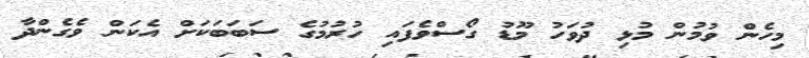
މިހެން ވުމުން މުޅި ދުވަހު މޫޑު ގޯސްވެފައި ހުރުމުގެ ސަބަބަކަށް އެކަން ވެގެންދާ